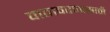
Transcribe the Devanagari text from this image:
वातावरणासाठी